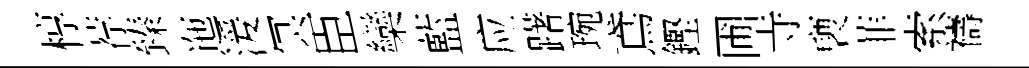
椁荐臻迤湲冥臣欒藍应躇琬鳶鏗圃寺褏菲索禱